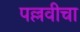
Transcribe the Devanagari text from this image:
पल्लवीचा